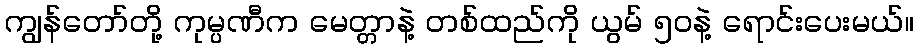
ကျွန်တော်တို့ ကုမ္ပဏီက မေတ္တာနဲ့ တစ်ထည်ကို ယွမ် ၅၀နဲ့ ရောင်းပေးမယ်။